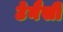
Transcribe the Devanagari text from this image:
टेनैसी